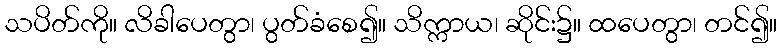
သပိတ်ကို။ လိခါပေတွာ၊ ပွတ်ခံစေ၍။ သိက္ကာယ၊ ဆိုင်း၌။ ထပေတွာ၊ တင်၍။